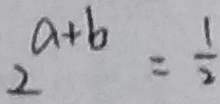
2 ^ { a + b } = \frac { 1 } { 2 }